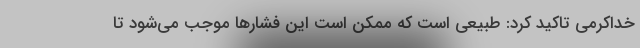
خداکرمی تاکید کرد: طبیعی است که ممکن است این فشارها موجب می‌شود تا